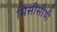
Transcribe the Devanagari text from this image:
मिसीसीपी